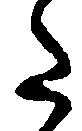
た